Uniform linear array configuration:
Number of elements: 32
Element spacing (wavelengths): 0.5
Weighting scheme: hamming
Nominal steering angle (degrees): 0
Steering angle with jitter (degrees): -1.89
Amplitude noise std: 0.05
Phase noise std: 0.05

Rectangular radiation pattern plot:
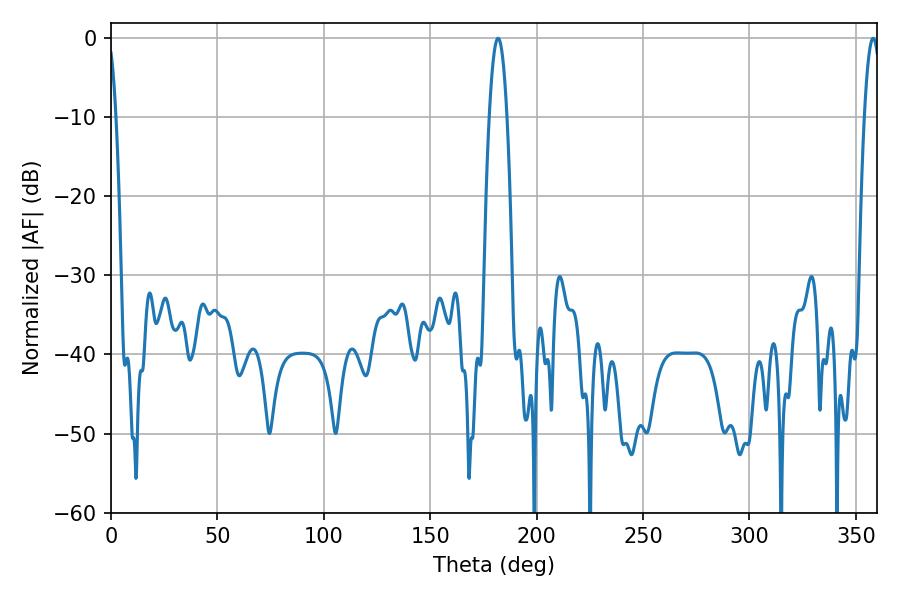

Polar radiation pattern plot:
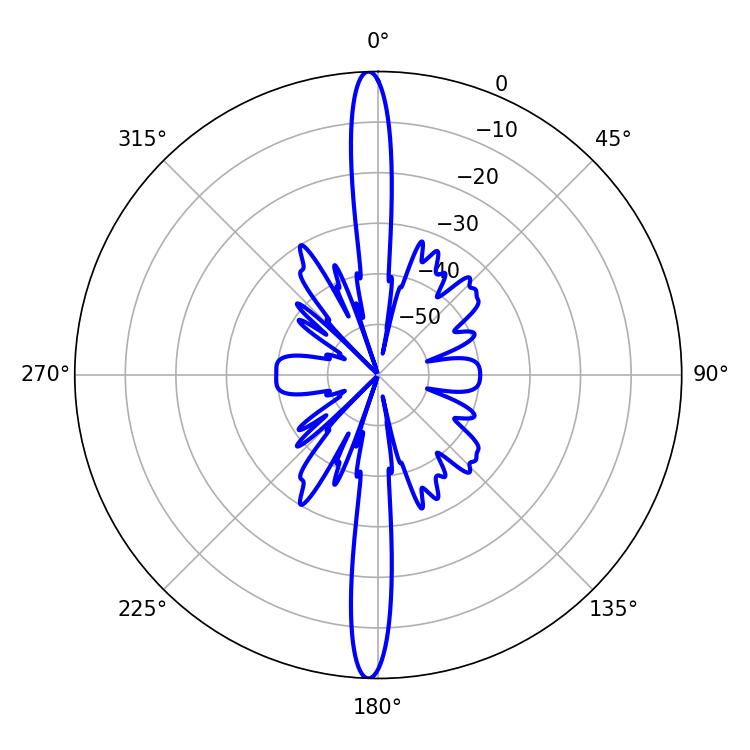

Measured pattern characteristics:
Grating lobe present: FALSE
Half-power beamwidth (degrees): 4.5
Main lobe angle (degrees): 181.8